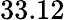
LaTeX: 33.12